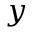
y